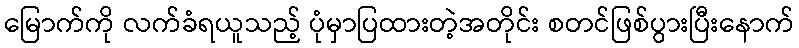
မြောက်ကို လက်ခံရယူသည့် ပုံမှာပြထားတဲ့အတိုင်း စတင်ဖြစ်ပွားပြီးနောက်